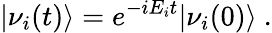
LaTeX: |\nu_{i}(t)\rangle=e^{-iE_{i}t}|\nu_{i}(0)\rangle~.